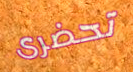
تحضرى